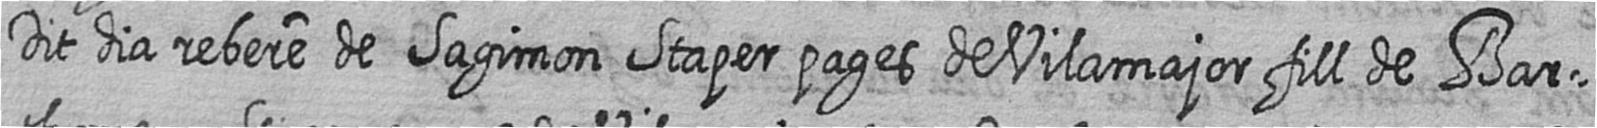
Dit dia rebere de Sagimon Staper pages de Vilamajor fill de Bar=